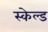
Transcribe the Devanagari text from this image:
स्केल्ड